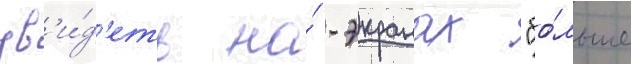
ув'и́д'еть на́ -экранах "бо́льше